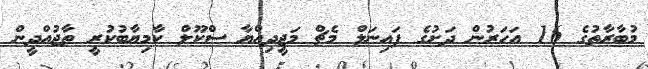
މުބާރާތުގެ 16 އަހަރުން ދަށުގެ ފައިނަލް މެޗް މަޖީދިއްޔާ ސްކޫލް ކާމިޔާބުކުރީ ތާޖުއްދީން